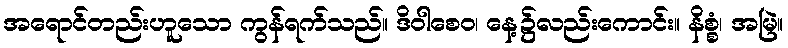
အရောင်တည်းဟူသော ကွန်ရက်သည်။ ဒိဝါစေဝ၊ နေ့၌လည်းကောင်း။ နိစ္စံ၊ အမြဲ။